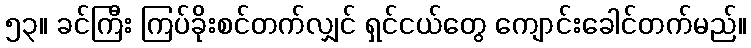
၅၃။ ခင်ကြီး ကြပ်ခိုးစင်တက်လျှင် ရှင်ငယ်တွေ ကျောင်းခေါင်တက်မည်။